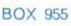
BOX 955